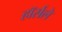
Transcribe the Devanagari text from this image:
हॉर्सले